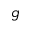
g